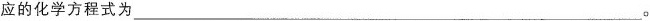
应的化学方程式为Í___。